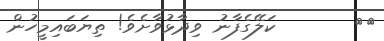
٣١       ކަލޭގެފާނު ވިދާޅުވާށެވެ! ތިޔަބައިމީހުން